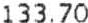
133.70